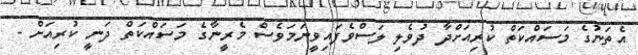
އެތަނުގެ މަސައްކަތް ކުރިއަށްދާ ދުވެލި ލަސްވެފައިވީނަމަވެސް މެރީނާގެ މަސައްކަތް ދަނީ ކުރިއަށް -